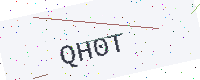
Text: QH0T